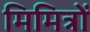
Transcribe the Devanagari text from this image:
मिमित्रों